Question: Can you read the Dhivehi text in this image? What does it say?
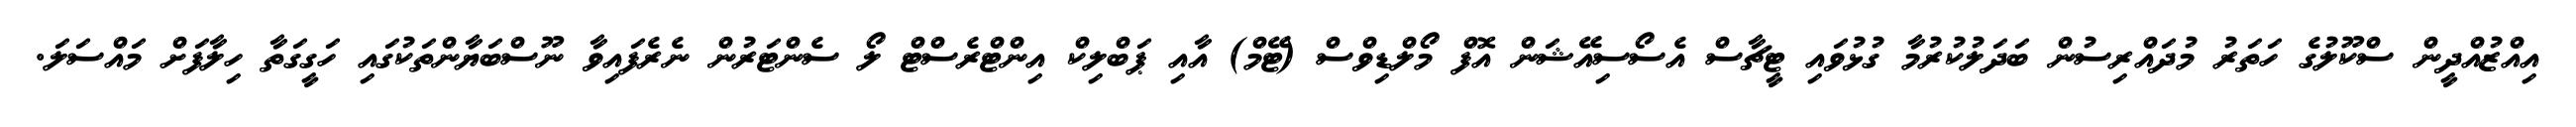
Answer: އިއްޒުއްދީން ސްކޫލުގެ ހަތަރު މުދައްރިސުން ބަދަލުކުރުމާ ގުޅުވައި ޓީޗާސް އެސޯސިއޭޝަން އޮފް މޯލްޑިވްސް (ޓޭމް) އާއި ޕަބްލިކް އިންޓްރެސްޓް ލޯ ސެންޓަރުން ނެރެފައިވާ ނޫސްބަޔާންތަކުގައި ހަގީގަތާ ހިލާފަށް މައްސަލަ.